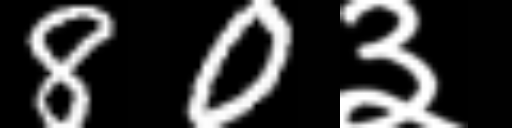
Text: 80३